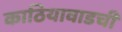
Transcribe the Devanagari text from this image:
काठियावाडची